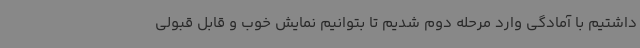
داشتیم با آمادگی وارد مرحله دوم شدیم تا بتوانیم نمایش خوب و قابل قبولی